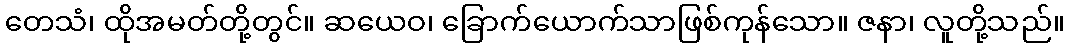
တေသံ၊ ထိုအမတ်တို့တွင်။ ဆယေဝ၊ ခြောက်ယောက်သာဖြစ်ကုန်သော။ ဇနာ၊ လူတို့သည်။